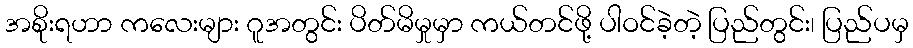
အစိုးရဟာ ကလေးများ ဂူအတွင်း ပိတ်မိမှုမှာ ကယ်တင်ဖို့ ပါဝင်ခဲ့တဲ့ ပြည်တွင်း၊ ပြည်ပမှ